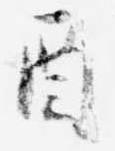
酉